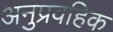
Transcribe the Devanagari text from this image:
अनुप्रवहिक